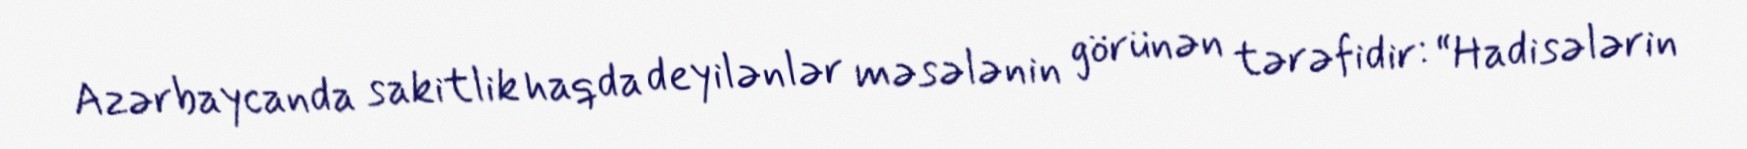
Azərbaycanda sakitlik haqda deyilənlər məsələnin görünən tərəfidir: “Hadisələrin